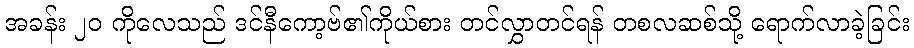
အခန်း ၂၀ ကိုလေသည် ဒင်နီကော့ဗ်၏ကိုယ်စား တင်လွှာတင်ရန် တစလဆစ်သို့ ရောက်လာခဲ့ခြင်း